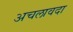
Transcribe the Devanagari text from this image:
अचलावदा